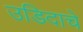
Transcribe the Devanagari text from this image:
उडिदाचे